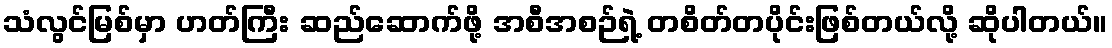
သံလွင်မြစ်မှာ ဟတ်ကြီး ဆည်ဆောက်ဖို့ အစီအစဉ်ရဲ့ တစိတ်တပိုင်းဖြစ်တယ်လို့ ဆိုပါတယ်။